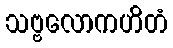
သဗ္ဗလောကဟိတံ